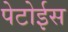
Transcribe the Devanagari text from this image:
पेटोईस